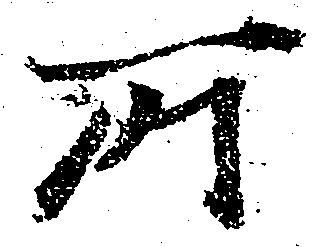
所